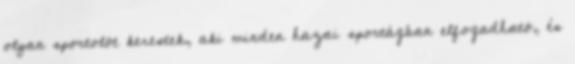
olyan sportolót kerestek, aki minden hazai sportágban elfogadható, és